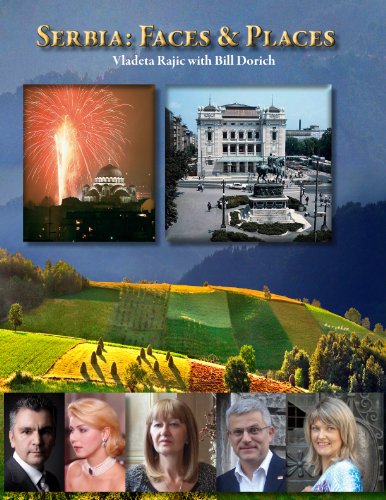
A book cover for Serbia: Faces & Places; William Dorich Val Rajic; Travel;